Code of medical and sanitary regulations for the guidance of medical officers serving in the Madras Presidency - Volume I
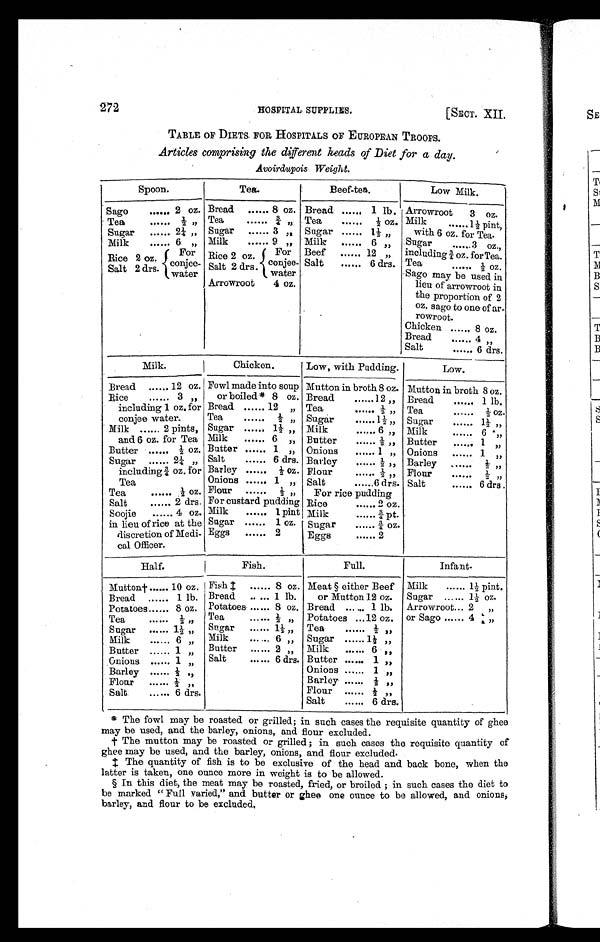
272
HOSPITAL SUPPLIES.
[SECT. XII.
TABLE OF DIETS FOR HOSPITALS OF EUROPEAN TROOPS.
Articles comprising the different heads of Diet for a day.
Avoirdupois Weight.
Spoon.
Tea.
Beef-t ea.
Low Milk.
Sago
...... 2 oz. Bread ...... 8 oz. Bread ...... 1 lb. Arrowroot
3 oz.
Tea
...... ½ „ Tea
......
¾ , , Tea
......
½ oz. Milk
...... 1½ pint,
Sugar ...... 2¼ „ Sugar ...... 3 „ Sugar ...... 1½ „
with 6 oz. for Tea.
Milk
......
6 „ Milk
...... 9 ,, Milk ...... 6 „ Sugar
...... 3 oz.,
For
conjee-
water
For
conjee-
water
Beef ...... 12 „ including ¾ oz. for Tea.
Rice 2 oz.
Rice 2 oz.
Salt
...... 6 drs. Tea
. . . . . ½ oz.
Salt 2 drs.
Salt 2 drs.
Sago may be used in
lieu of arrowroot in
the proportion of 2
oz. sago to one of ar-
rowroot.
Arrowroot
4 oz.
Chicken ...... 8 oz.
Bread
...... 4 ,,
Salt
...... 6 drs.
Milk.
Chicken.
Low, with Pudding.
Low.
Bread ...... 12 oz. Fowl made into soup Mutton in broth 8 oz. Mutton in broth 8 oz.
Rice
...... 3
, ,
or boiled* 8 oz. Bread
...... 12 „ Bread
...... 1 lb.
including 1 oz. for
conjee water.
Bread ...... 12 ,, Tea
. . . . . . ½ ,, Tea
...... ½ oz.
Tea
...... ½ „ Sugar
...... 1½ ,, Sugar
...... 1½ „
Milk ...... 2 pints, Sugar ...... 1½ „ Milk
...... 6 „ Milk
. . . . . . 6 ,,
and 6 oz. for Tea Milk
...... 6 „ Butter
...... ½„ Butter
...... 1 , ,
Butter ...... ½ oz. Butter ...... 1 ,, Onions
...... 1 ,, Onions ...... 1 , ,
Sugar ...... 2¼ „ Salt
..... 6 drs. Barley
...... ½ „ Barley ......
½ , ,
including ¾ oz. for Barley ...... ½ oz. Flour
...... ½ „ Flour
...... ½ „
Tea
Onions ...... 1 ,, Salt
..... 6 drs. Salt
...... 6 drs .
Tea
...... ½ oz. Flour ......
½ , , For rice pudding
Salt
...... 2 drs. For custard pudding Rice
...... 2 oz.
Soojie
...... 4 oz. Milk
...... 1 pint Milk
...... ¾ pt.
in lieu of rice at the
discretion of Medi-
cal Officer.
Sugar ...... 1 oz. Sugar
...... ¾ oz.
Eggs ...... 2
Eggs
...... 2
Half.
Fish.
Full.
Infant.
Mutton† ...... 10 oz.
‡ F i s h
. . . . . . 8 oz, Meat § either Beef Milk
...... 1½ pint.
Bread ...... 1 lb. Bread ..... 1 lb.
or Mutton 12 oz. Sugar ...... 1½ oz.
Potatoes ...... 8 oz. Potatoes ...... 8 oz. Bread ...... 1 lb. Arrowroot... 2 „
Tea
. . . . . .
½ , , Tea
...... ½ „ Potatoes ... 12 oz. or Sago ...... 4 „
Sugar ...... 1½ „ Sugar ...... 1½ „ Tea
......
½ , ,
Milk
. . . . . .
6 , ,
Milk
...... 6 „ Sugar ...... 1½ „
Butter
. . . . . .
1 ,, Butter ...... 2 „ Milk
...... 6 „
O n i o n s
. . . . . .
1 ,, Salt
..... 6 drs. Butter ..... 1 „
Barley ...... ½ ,,
Onions ...... 1 „
Flour ...... ½ „
Barley ......
Flour
. . . . . . .
½ „
½ , ,
Salt
...... 6 drs.
Salt
...... 6 drs.
* The fowl may be roasted or grilled; in such cases the requisite quantity of ghee
may be used, and the barley, onions, and flour excluded.
† The mutton may be roasted or grilled ; in such cases the requisite quantity of
ghee may be used, and the barley, onions, and flour excluded.
‡ The quantity of fish is to be exclusive of the head and back bone, when the
latter is taken, one ounce more in weight is to be allowed.
§ In this diet, the meat may be roasted, fried, or broiled ; in such cases the diet to
be marked " Full varied," and butter or ghee one ounce to be allowed, and onions,
barley, and flour to be excluded.